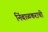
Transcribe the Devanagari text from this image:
निंबाळकराची